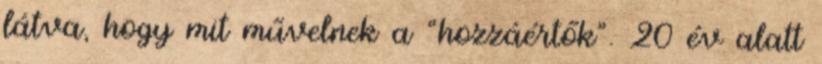
látva, hogy mit művelnek a “hozzáértők”. 20 év alatt